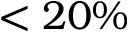
< 2 0 \%